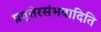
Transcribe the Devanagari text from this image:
प्रवृत्तेरसंभवादिति